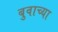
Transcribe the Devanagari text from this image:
बुवाच्या